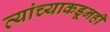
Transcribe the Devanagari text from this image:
त्यांच्याकडूनही